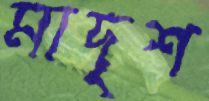
মাদৃশ